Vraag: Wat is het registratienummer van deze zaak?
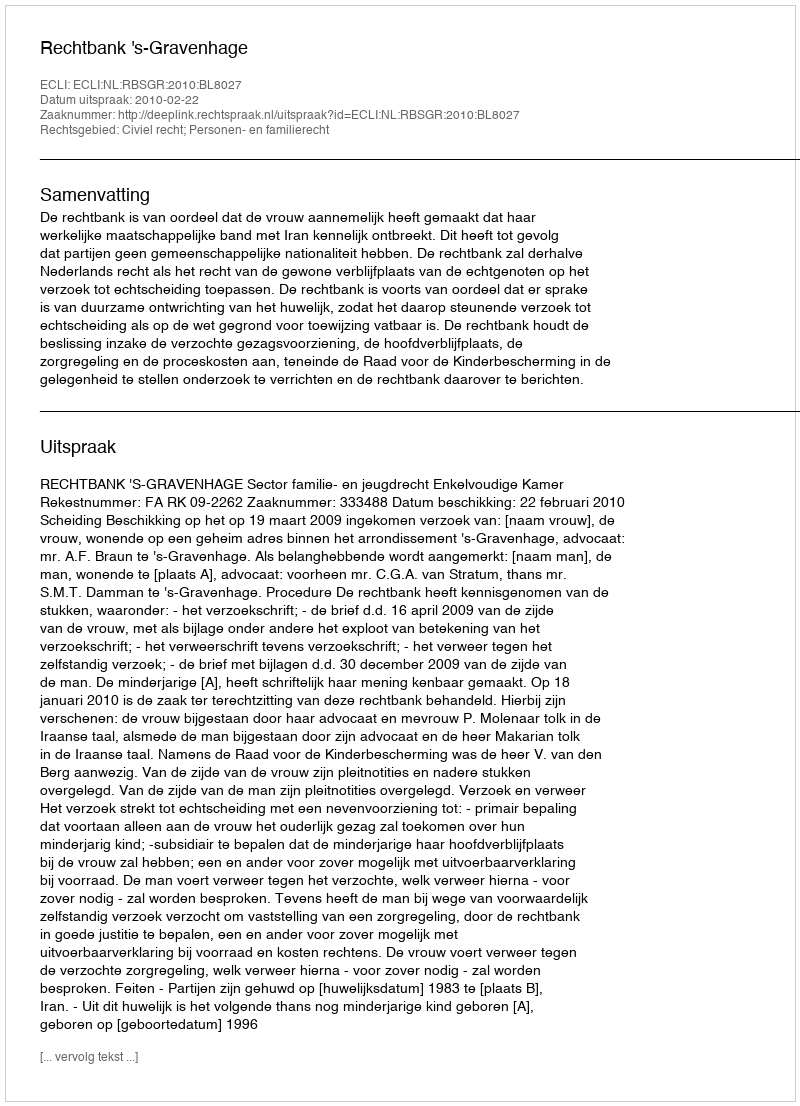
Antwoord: http://deeplink.rechtspraak.nl/uitspraak?id=ECLI:NL:RBSGR:2010:BL8027